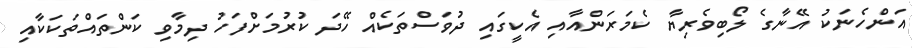
އަންހެނަކު އޭނާގެ ލޯބިވެރިޔާ ކެމަރަންއާއި އެކީގައި ދުވަސްތަކެއް ހޭދަ ކުރުމަށްފަހު ދިމާވި ކަންތައްތަކަކާއި